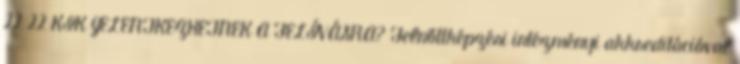
22 22 KIK JELENTKEZHETNEK A FELÍVÁSRA? Felnőttképzési intézményi akkreditációval